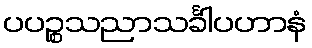
ပပဉ္စသညာသင်္ခါပဟာနံ